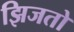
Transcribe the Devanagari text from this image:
झिजतो